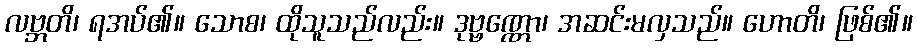
လဗ္ဘတိ၊ ရအပ်၏။ သောစ၊ ထိုသူသည်လည်း။ ဒုဗ္ဗဏ္ဏော၊ အဆင်းမလှသည်။ ဟောတိ၊ ဖြစ်၏။